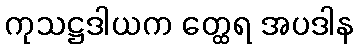
ကုသဋ္ဌဒါယက တ္ထေရ အပဒါန